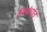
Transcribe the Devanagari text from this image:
निबंधांत